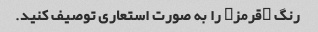
رنگ "قرمز" را به صورت استعاری توصیف کنید.